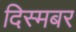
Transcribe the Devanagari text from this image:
दिस्मबर